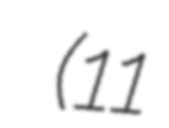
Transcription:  (11